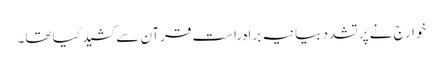
خوارج نے پرتشدد بیانیہ براہ راست قرآن سے کشید کیا تھا۔